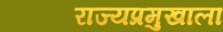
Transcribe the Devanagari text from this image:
राज्यप्रमुखाला